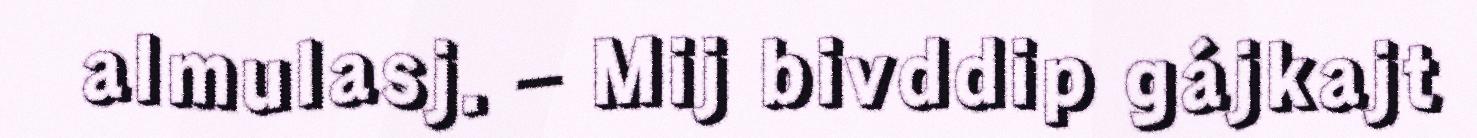
almulasj. – Mij bivddip gájkajt